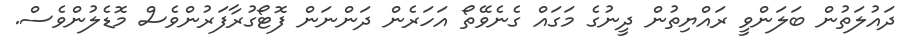
ދައުލަތުން ބަލަންވީ ރައްޔިތުން ދީނުގެ މަގައް ގެނެވޭތޯ އަހަރެން ދަންނަން ފޮޓޯގުރާފަރުންވެސް މޮޑެލުންވެސް.